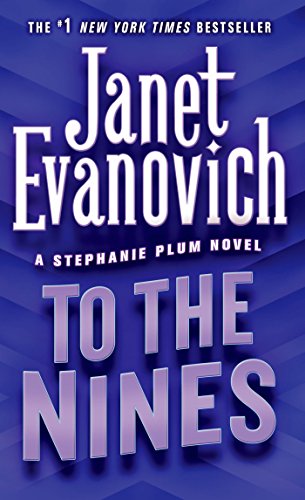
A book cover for To the Nines (Stephanie Plum, No. 9) (Stephanie Plum Novels); Janet Evanovich; Romance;